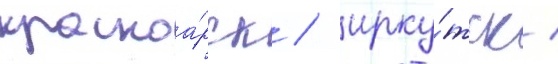
красноа́рск / ирку́тск /